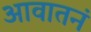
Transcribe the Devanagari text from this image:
आवातनं